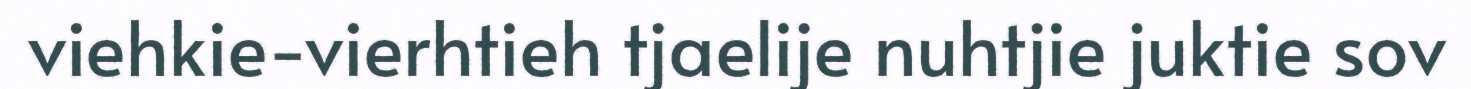
viehkie-vierhtieh tjaelije nuhtjie juktie sov